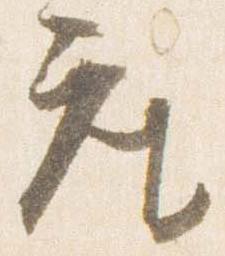
座